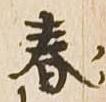
春